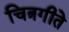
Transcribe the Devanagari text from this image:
चित्रगीते